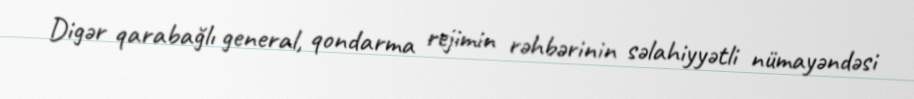
Digər qarabağlı general, qondarma rejimin rəhbərinin səlahiyyətli nümayəndəsi